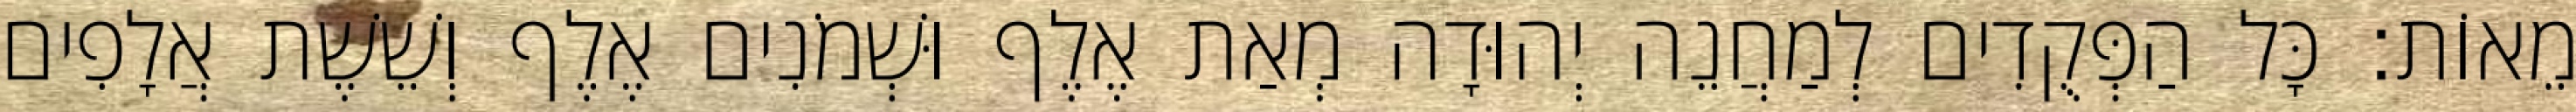
מֵאוֹת׃ כָּל הַפְּקֻדִים לְמַחֲנֵה יְהוּדָה מְאַת אֶלֶף וּשְׁמֹנִים אֶלֶף וְשֵׁשֶׁת אֲלָפִים